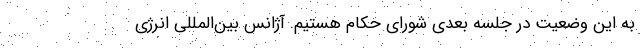
به این وضعیت در جلسه بعدی شورای حکام هستیم. آژانس بین‌المللی انرژی